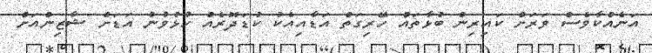
އަނެއްކާވެސް ވަރަށް ކައިރިން ބުޅާތައް ހޭރިގަތް އަަޑާއިއެކު ކުޑަދޮރެއް ހުޅުވުނު އަޑަށް ޝާޒިންއަށް